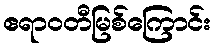
ဧရာဝတီမြစ်ကြောင်း